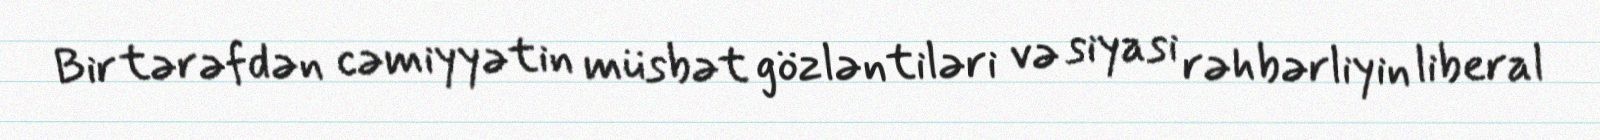
Bir tərəfdən cəmiyyətin müsbət gözləntiləri və siyasi rəhbərliyin liberal